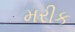
મરીક